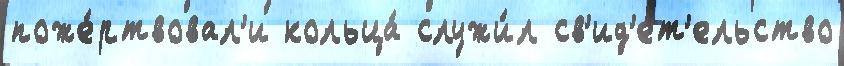
поже́ртвовал'и кольца́ служи́л св'ид'е́т'ельство